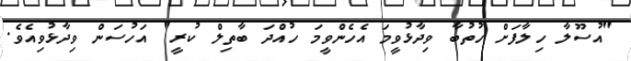
"އުސޫލާ ހިލާފަށް ހުތުބާ ވިދާޅުވީމަ އެހެންވީމަ ހުއްދަ ބާތިލް ކުރީ" އަހުސަން ވިދާޅުވިއެވެ.